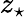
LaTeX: z_{\star}